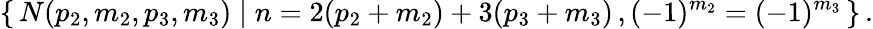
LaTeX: \left\{ \, N(p_{2},m_{2},p_{3},m_{3})\mid n=2(p_{2}+m_{2})+3(p_{3}+m_{3})\, ,(-1)^{m_{2}}=(-1)^{m_{3}}\, \right\} \, .